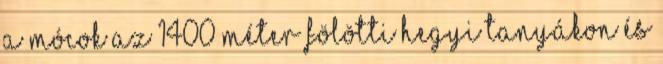
A mócok az 1400 méter fölötti hegyi tanyákon és